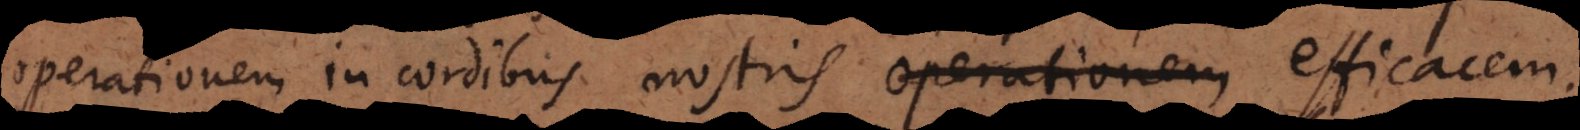
operationem in cordibus nostris efficacem.